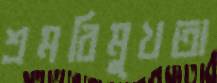
শ্রমবিমুখতা